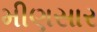
મીણસાર